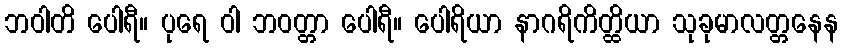
ဘဝါတိ ပေါရီ။ ပုရေ ဝါ ဘဝတ္တာ ပေါရီ။ ပေါရိယာ နာဂရိကိတ္ထိယာ သုခုမာလတ္တနေန